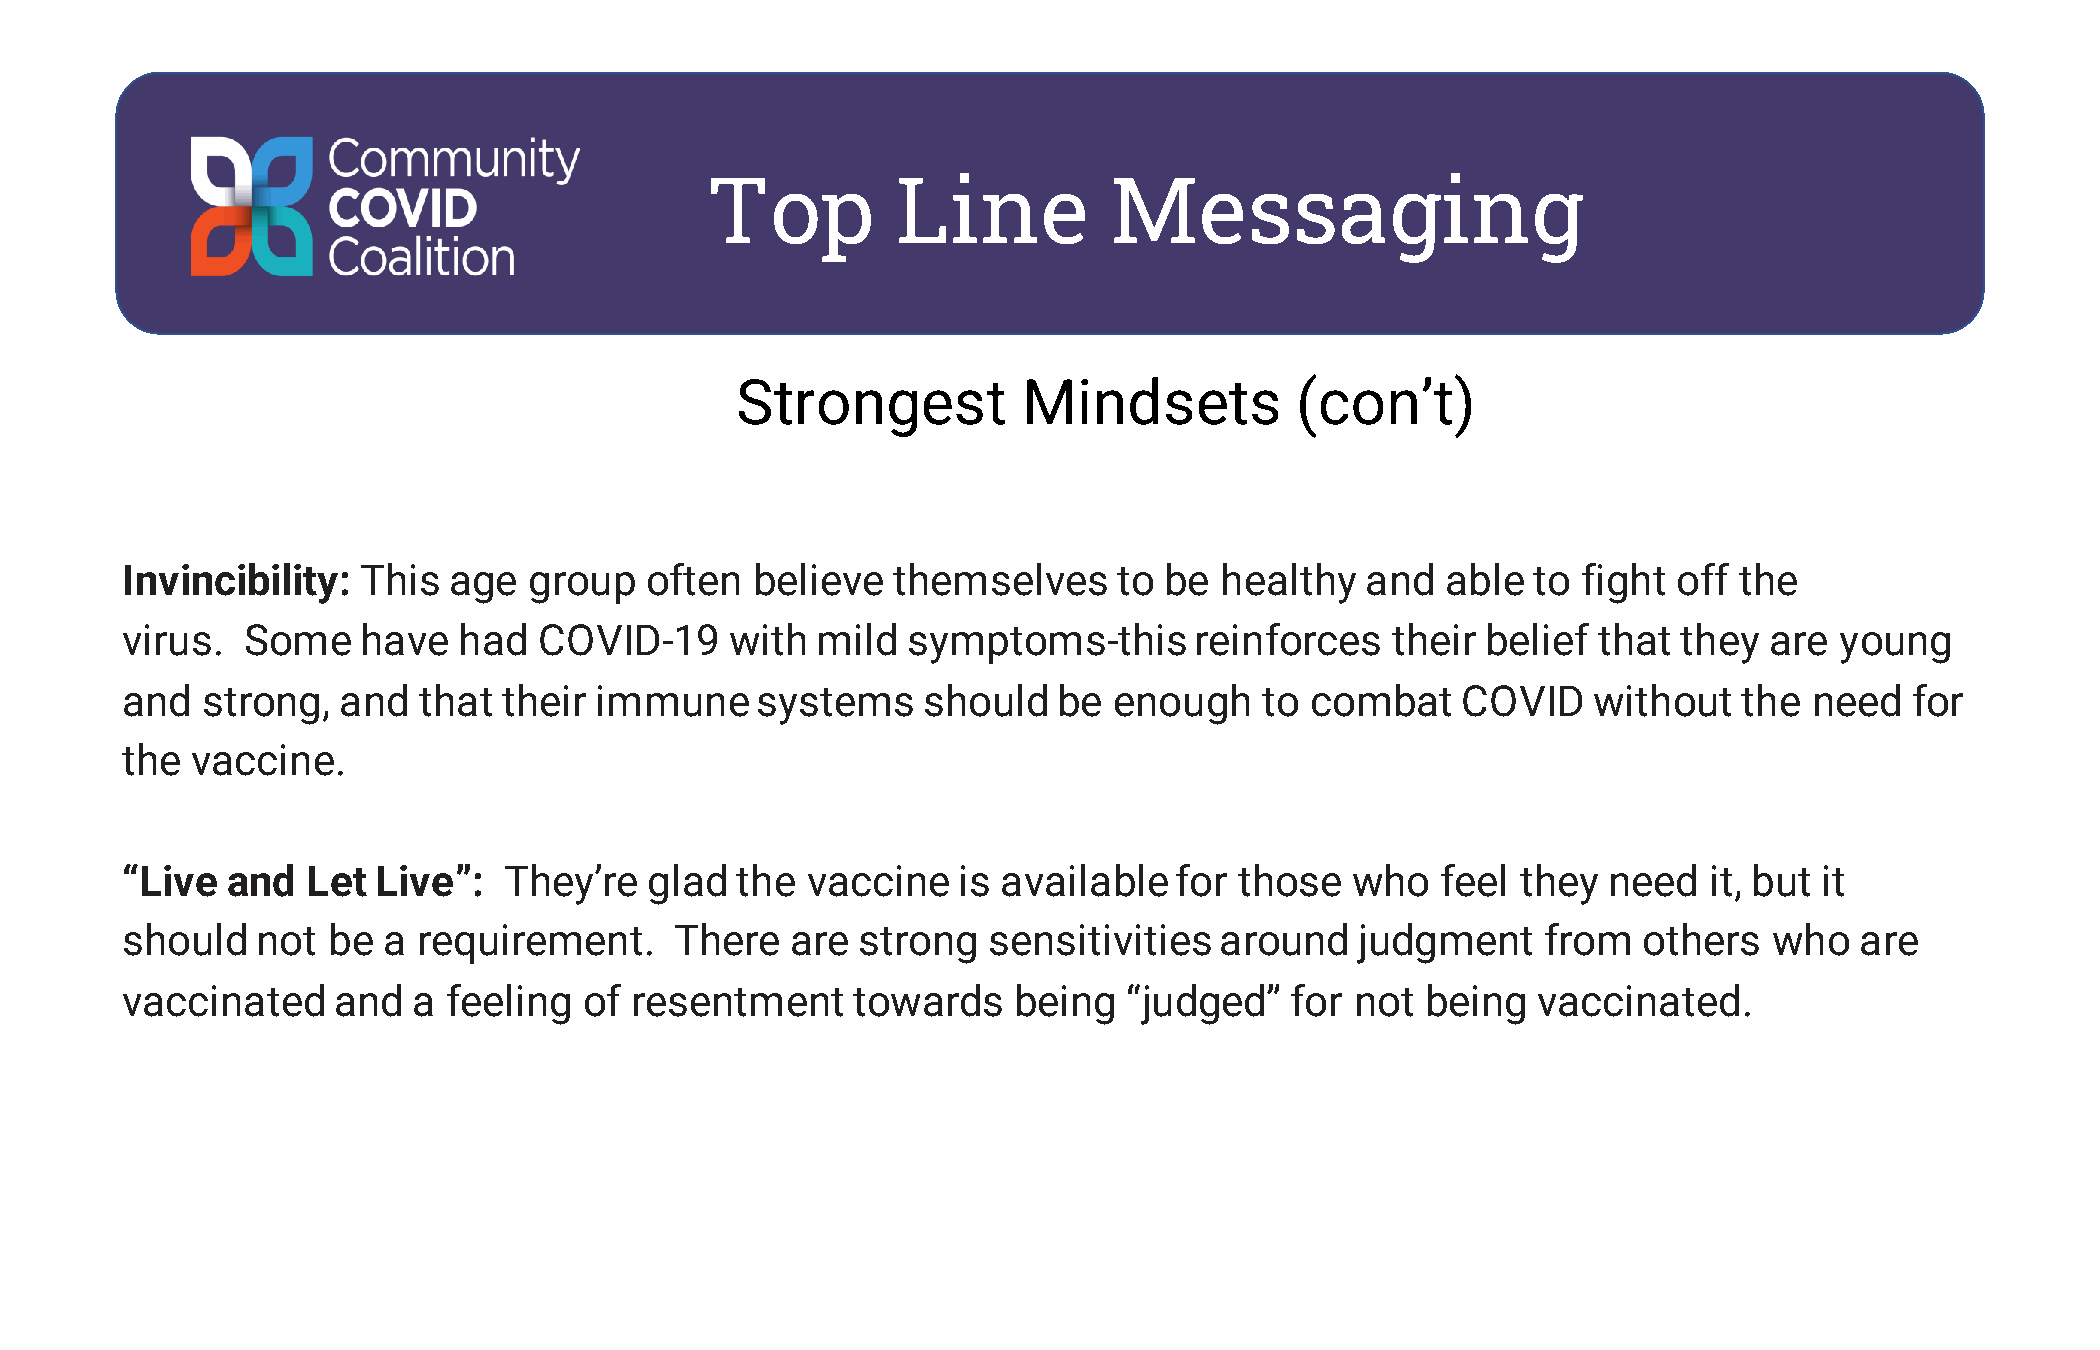
Top         Line          Messaging
 Strongest          Mindsets          (con’t)
 Invincibility:  This  age  group   often  believe  themselves     to be  healthy  and   able to  fight off the
 virus.  Some    have  had   COVID-19    with  mild  symptoms-this      reinforces   their belief  that they  are  young
 and  strong,  and   that their immune     systems    should   be  enough    to combat    COVID   without   the  need   for
 the  vaccine.
 “Live  and  Let  Live”:  They’re   glad  the vaccine   is available   for those  who   feel  they need   it, but it
 should   not  be a  requirement.     There  are  strong  sensitivities   around   judgment    from   others  who   are
 vaccinated    and  a  feeling  of resentment    towards    being   “judged”  for  not being   vaccinated.